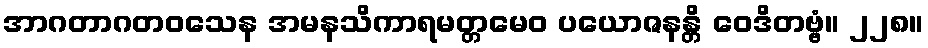
အာဂတာဂတဝသေန အမနသိကာရမတ္တမေဝ ပယောဇနန္တိ ဝေဒိတဗ္ဗံ။ ၂၂၈။